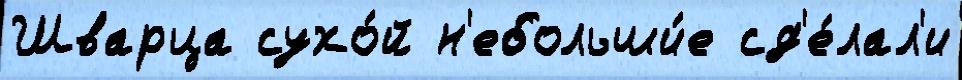
Шварца сухо́й н'ебольши́е сд'е́лал'и